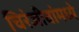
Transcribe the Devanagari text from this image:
चिरंजीवांमध्ये